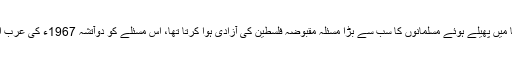
زیادہ دور کی بات نہیں مشکل سے چالیس برس پہلے کا قصہ ہوگا جب تمام دنیا میں پھیلے ہوئے مسلمانوں کا سب سے بڑا مسئلہ مقبوضہ فلسطین کی آزادی ہوا کرتا تھا، اس مسئلے کو دوآتشہ 1967ء کی عرب اسرائیل جنگ کے دوران قبلہ اول پر صہیونی ریاست کے قبضے نے کردیا تھا۔